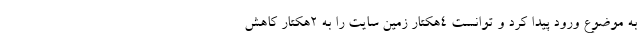
به موضوع ورود پیدا کرد و توانست 4هکتار زمین سایت را به 2هکتار کاهش